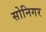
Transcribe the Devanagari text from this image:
सोनिगर